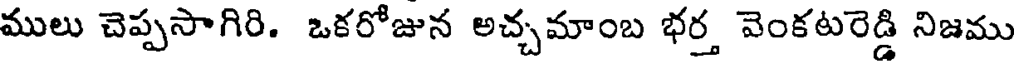
ములు చెప్పసాగిరి. ఒకరోజున అచ్చమాంబ భర్త వెంకటరెడ్డి నిజము